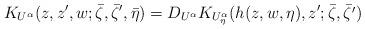
LaTeX: \begin{align*}K_{U^{\alpha}}(z,z^{\prime},w;\bar \zeta,\bar \zeta^{\prime},\bar \eta)=D_{U^{\alpha}}K_{U^{\alpha}_{\eta}}(h(z,w,\eta),z^{\prime};\bar\zeta,\bar{\zeta^{\prime}})\end{align*}